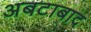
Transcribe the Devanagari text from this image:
अबटाबाद